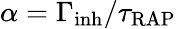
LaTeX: \alpha=\Gamma_{\mathrm{inh}}/\tau_{\mathrm{RAP}}